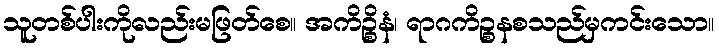
သူတစ်ပါးကိုလည်းမဖြတ်စေ။ အကိဉ္စိနံ၊ ရာဂကိဉ္စနစသည်မှကင်းသော။